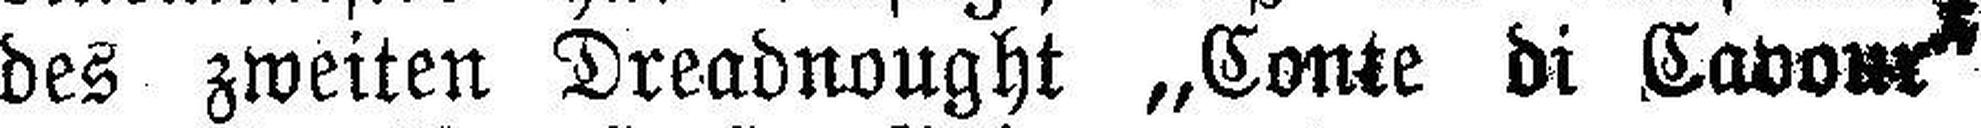
des zweiten Dreadnought „Conte di Cavour“